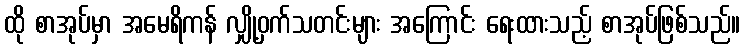
ထို စာအုပ်မှာ အမေရိကန် လျှို့ဝှက်သတင်းများ အကြောင်း ရေးထားသည့် စာအုပ်ဖြစ်သည်။